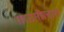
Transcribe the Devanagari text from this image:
तफ़सीलात